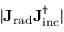
| \mathbf { J _ { \mathrm { { r a d } } } } \mathbf { J _ { \mathrm { { i n c } } } ^ { \dagger } } |